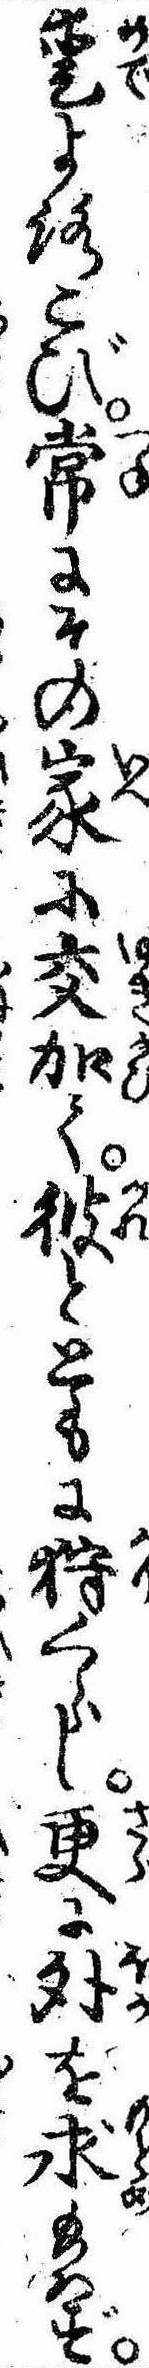
愛よろこび常にその家に交加て彼とともに狩くらし更に外を求給はず